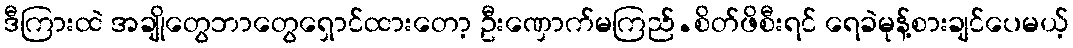
ဒီကြားထဲ အချိုတွေဘာတွေရှောင်ထားတော့ ဦးဏှောက်မကြည်.စိတ်ဖိစီးရင် ရေခဲမုန့်စားချင်ပေမယ့်